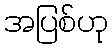
အပြစ်ဟု